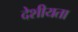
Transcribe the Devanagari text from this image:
देशीयता